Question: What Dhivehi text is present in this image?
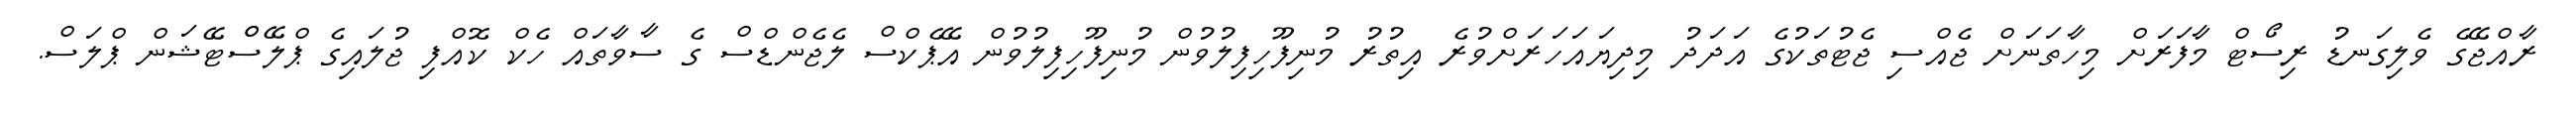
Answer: ރާއްޖޭގެ ވެލިގަނޑު ރިސޯޓް މާފަރަށް މިހާތަނަށް ޖެއްސި ޖެޓުތަކުގެ އަދަދު މިދިޔައަހަރަށްވުރެ އިތުރު މުނިފޫހިފިލުވުން މުނިފޫހިފިލުވުން އޭޕެކްސް ލެޖެންޑްސް ގެ ސާވާތައް ހެކް ކޮއްފި ޖުލައިގެ ޕްލޭސްްޓޭޝަން ޕްލަސް.